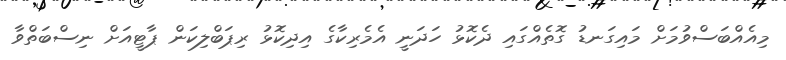
މިއެއްބަސްވުމަށް މައިގަނޑު ގޮތެއްގައި ދެކޮޅު ހަދަނީ އެމެރިކާގެ އިދިކޮޅު ރިޕަބްލިކަން ޕާޓީއަށް ނިސްބަތްވާ